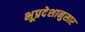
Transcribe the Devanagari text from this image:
भूप्रदेशानुसार